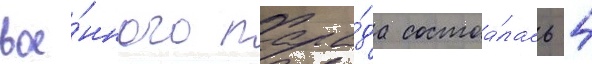
вое́нного пара́да состоа́лась 4